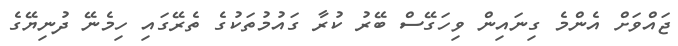
ޖައްވަށް އެންމެ ގިނައިން ވިހަގޭސް ބޭރު ކުރާ ގައުމުތަކުގެ ތެރޭގައި ހިމެނޭ ދުނިޔޭގެ